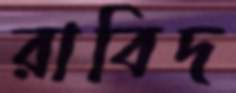
রাবিদ